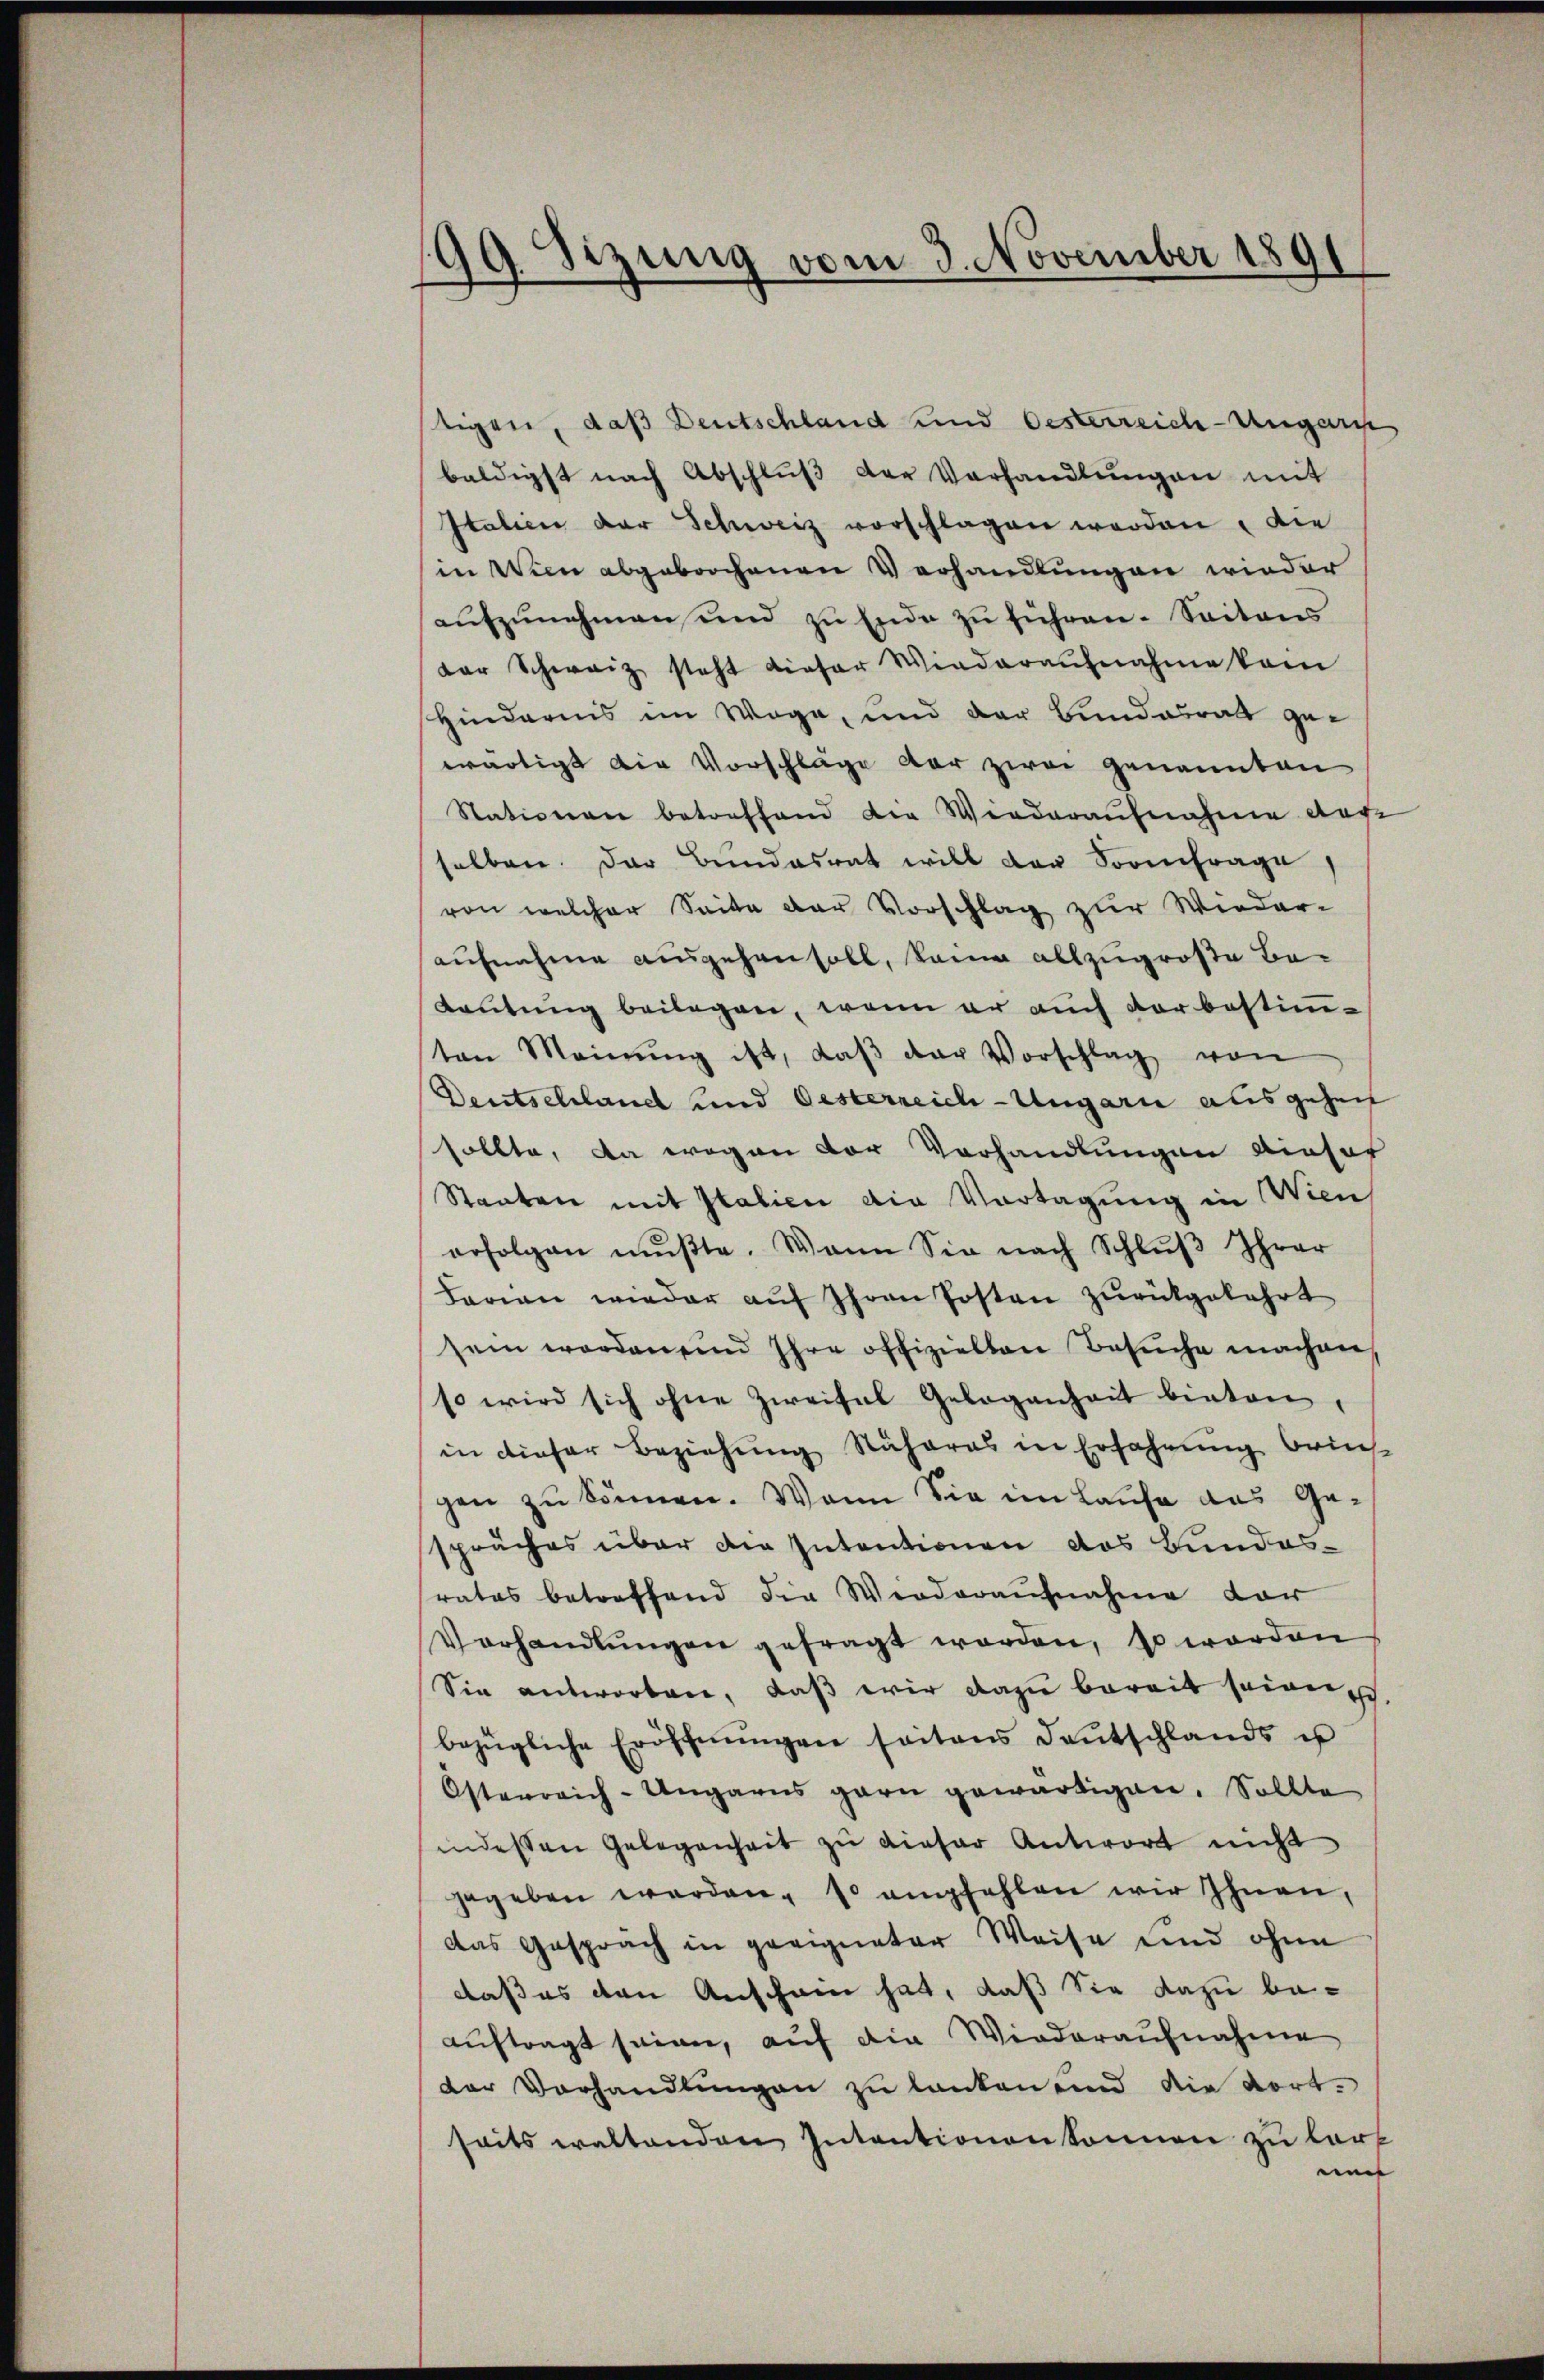
99. Sizung vom 3. November 1891

tigen, daß Deutschland und Oesterreich-Ungaris
baldigst nach Abschlŭβ der Verhandlŭngen mit
Italien der Schweiz vorschlagen werden, die
in Wien abgebrochenen Verhandlungen wieder
aufzunehmen und zu Ende zu führen. Seitens
der Schweiz steht dieser Wiederaŭfnahme kam
Hindernis im Wege, und der Bundesrats gewärtigt die Vorschläge der zwei genannten
Stationen betreffend die Verdaraŭfnahme der-
selben. Der Bundesrat will der Sooinfrage
von welcher Seite der Vorschlag zur Wieder-
aufnahme ausgehensoll, kann allzugroße Be-
Lautung beilagen, wenn er auch der bestimten Meinŭng ist, daβ der Vorschlag von
Deutschland und Oesterreich-Ungarn ausgehen
sollte, da wegen der Vorhandlungen dieser
Staaten mit Italien die Vortagung in Wien
erfolgen mŭβte. Wann Sie nach Schlŭβ Ihrer
Barian wieder aŭf Ihren Posten zurückgekehrt
sein worden ein Ihre offizielten Besŭche machen
so wird sich ohne Zweifel Gelegenheit bieten
in dieser Beziehung Näheres in Erfahrung brins
gen zu können. Wann Sie im Hause das Ge-
spruches über die Intentionen das Bundesrates betreffend die Werderaufnahme vor
Verhandlŭngen gefragt worden, so worden
Sie antworten, daß wir dazu bereit seien
bezügliche Eröffnŭngen seitens deŭtschlands u
Österreich-Ungarns garn gewärtigen. Sollte
indessen Gelegenheit zŭ dieser Antwort nicht
gegeben werden, so empfehlen wir Ihnen,
das Gespräch in geeigneter Weise und ohne
daß es den Anschen hat, daß Sie dazu be-
auftragt seien, auf die Wiederaufnahme
der Vorhandlungen zu lanken und die dort.
seits waltenden Intentionen können zu lart
un